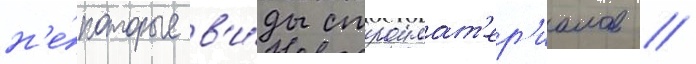
н'е́которые в'и́ды строимат'ер'иалов //